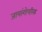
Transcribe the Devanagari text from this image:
जायांगोपरिक